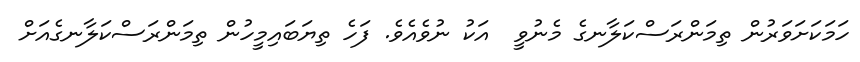
ހަމަކަށަވަރުން ތިމަންރަސްކަލާނގެ މެނުވީ  އަކު ނުވެއެވެ. ފަހެ ތިޔަބައިމީހުން ތިމަންރަސްކަލާނގެއަށް